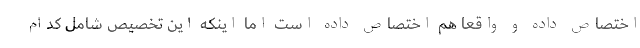
اختصاص داده و واقعا هم اختصاص داده است اما اینکه این تخصیص شامل کدام